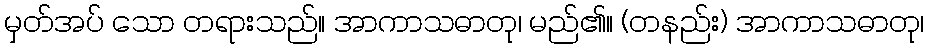
မှတ်အပ် သော တရားသည်။ အာကာသဓာတု၊ မည်၏။ (တနည်း) အာကာသဓာတု၊